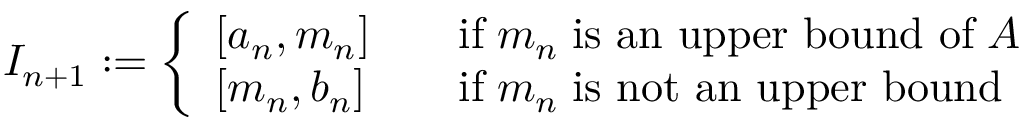
I _ { n + 1 } : = \left\{ { \begin{array} { l l l } { \left[ a _ { n } , m _ { n } \right] } & & { { \mathrm { i f } } \; m _ { n } \; { \mathrm { i s ~ a n ~ u p p e r ~ b o u n d ~ o f } } \; A } \\ { \left[ m _ { n } , b _ { n } \right] } & & { { \mathrm { i f } } \; m _ { n } \; { \mathrm { i s ~ n o t ~ a n ~ u p p e r ~ b o u n d } } } \end{array} } \right.